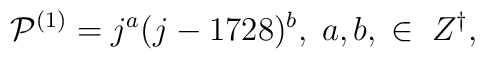
{\cal P}^{(1)} = j^a(j-1728)^b,\;a,b,\;\in\;Z^{\dagger},